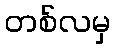
တစ်လမှ